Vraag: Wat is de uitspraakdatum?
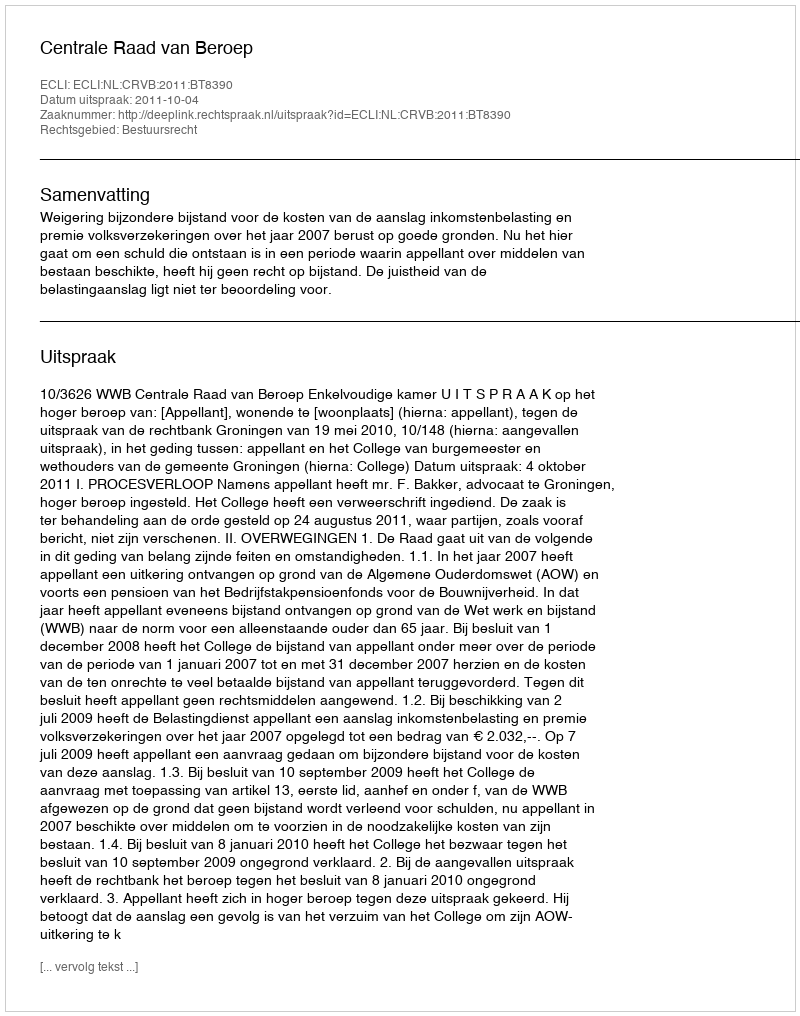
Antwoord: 2011-10-04